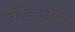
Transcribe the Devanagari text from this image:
कोइऑस